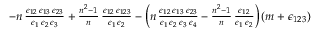
\begin{array} { r } { - n \, \frac { \epsilon _ { 1 2 } \, \epsilon _ { 1 3 } \, \epsilon _ { 2 3 } } { \epsilon _ { 1 } \, \epsilon _ { 2 } \, \epsilon _ { 3 } } + \frac { n ^ { 2 } - 1 } { n } \, \frac { \epsilon _ { 1 2 } \, \epsilon _ { 1 2 3 } } { \epsilon _ { 1 } \, \epsilon _ { 2 } } - \Big ( n \, \frac { \epsilon _ { 1 2 } \, \epsilon _ { 1 3 } \, \epsilon _ { 2 3 } } { \epsilon _ { 1 } \, \epsilon _ { 2 } \, \epsilon _ { 3 } \, \epsilon _ { 4 } } - \frac { n ^ { 2 } - 1 } { n } \, \frac { \epsilon _ { 1 2 } } { \epsilon _ { 1 } \, \epsilon _ { 2 } } \Big ) \, ( m + \epsilon _ { 1 2 3 } ) } \end{array}